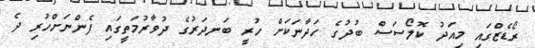
ރޯޑެޒްގައި މިއަދު ކޮލޯސަސް ބުދުގެ ހަދާނަކަށް ހުރީ ބަނދަރުގެ ދުވާރުމަތީގައި ފެންނަށްހުރި ދެ